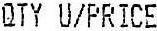
QTY U/PRICE